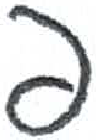
אות: פ